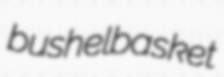
bushelbasket